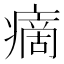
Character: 𤹞